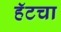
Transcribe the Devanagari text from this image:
हॅटचा